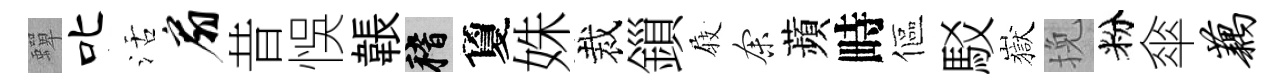
蟬叱活扇昔悞韔稽夐姝裁鎻𡲆余蘋畤傴駁嶽挽粉傘藕